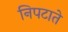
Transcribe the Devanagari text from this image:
निपटाते